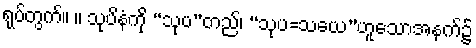
ရုပ်တွက်။ ။ သုပိနံကို “သုပ”တည်၊ “သုပ=သယေ”ဟူသောအနက်၌